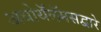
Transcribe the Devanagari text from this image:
अधोथॅलॅमसद्वारे